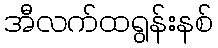
အီလက်ထရွန်းနစ်